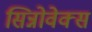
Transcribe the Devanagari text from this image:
सिन्नोवेक्स